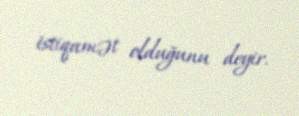
istiqamət olduğunu deyir.